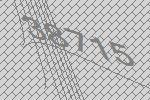
38715